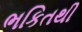
ભકિતથી